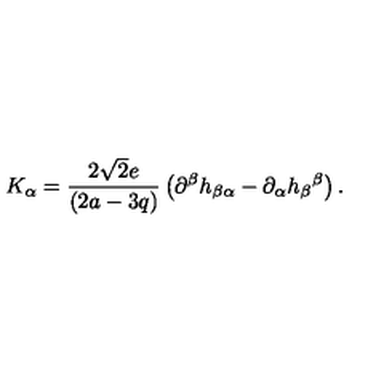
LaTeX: K _ { \alpha } = \frac { 2 \sqrt { 2 } e } { \left( 2 a - 3 q \right) } \left( \partial ^ { \beta } h _ { \beta \alpha } - \partial _ { \alpha } h _ { \beta } { } ^ { \beta } \right) .